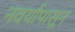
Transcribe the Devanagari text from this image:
नवर्यापासून